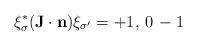
LaTeX: \begin{align*}\xi^*_\sigma ({\bf J}\cdot {\bf n}) \xi_{\sigma^\prime} = +1,\, 0\, -1\end{align*}